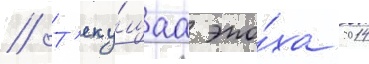
// Т'еку́щаа эпо́ха 2014